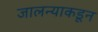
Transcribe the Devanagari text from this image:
जालन्याकडून